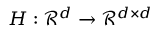
H : \mathcal { R } ^ { d } \rightarrow \mathcal { R } ^ { d \times d }